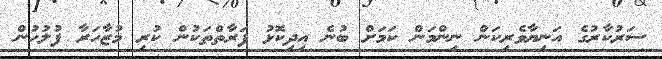
ސަރުކާރުގެ އަނިޔާވެރިކަން ނިންމަން ކަމަށް ބުނެ އިދިކޮޅު ފަރާތްތަކުން ކުރި މުޒާހަރާ ފުލުހުން